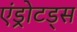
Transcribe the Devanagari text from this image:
एंड्रोटड्स